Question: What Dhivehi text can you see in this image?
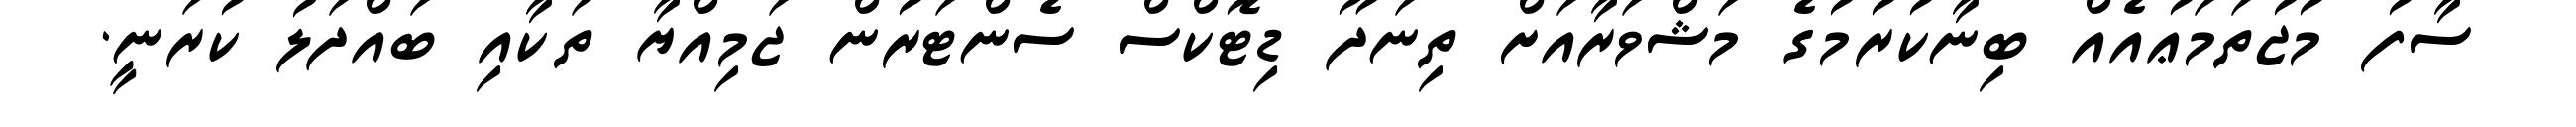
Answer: ސާފު މުޖުތަމަޢުއެއް ބިނާކުރުމުގެ މަޝްވަރާއަށް ތިނަދޫ ޑިޓޮކްސް ސެންޓަރުން ޖަމިއްޔާ ތަކާއި ބައްދަލު ކުރަނީ.